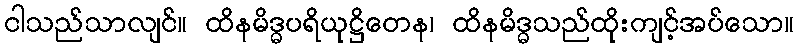
ငါသည်သာလျင်။ ထိနမိဒ္ဓပရိယုဋ္ဌိတေန၊ ထိနမိဒ္ဓသည်ထိုးကျင့်အပ်သော။